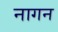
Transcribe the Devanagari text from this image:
नागन